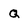
Character: Q